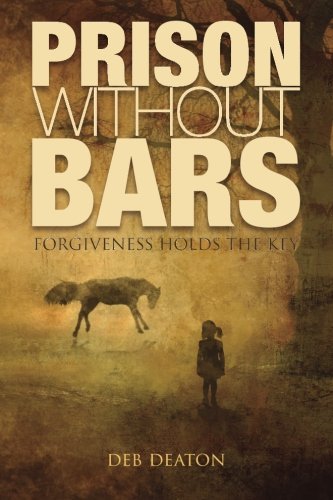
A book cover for Prison Without Bars: Forgiveness Holds the Key; Deb Deaton; Self-Help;